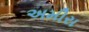
અમીરા